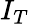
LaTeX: \textit{I}_{T}